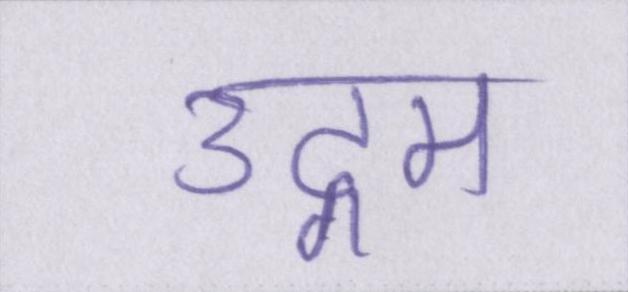
उद्गम